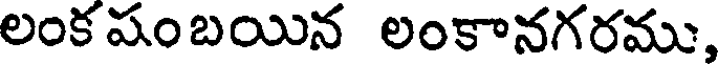
లంక షంబయిన లంకానగరము,